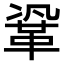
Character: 𮧗